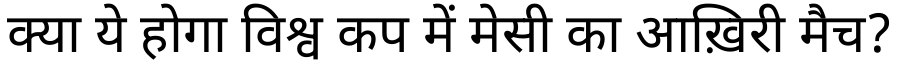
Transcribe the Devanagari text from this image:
क्या ये होगा विश्व कप में मेसी का आख़िरी मैच?